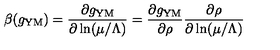
\beta ( g _ { \mathrm { Y M } } ) = \frac { \partial g _ { \mathrm { Y M } } } { \partial \ln ( \mu / \Lambda ) } = \frac { \partial g _ { \mathrm { Y M } } } { \partial \rho } \frac { \partial \rho } { \partial \ln ( \mu / \Lambda ) }